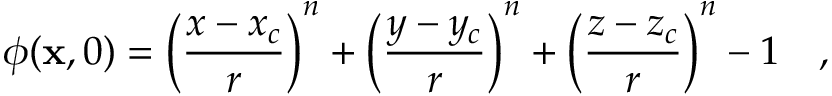
\phi ( \mathbf { x } , 0 ) = \bigg ( \frac { x - x _ { c } } { r } \bigg ) ^ { n } + \bigg ( \frac { y - y _ { c } } { r } \bigg ) ^ { n } + \bigg ( \frac { z - z _ { c } } { r } \bigg ) ^ { n } - 1 \quad ,